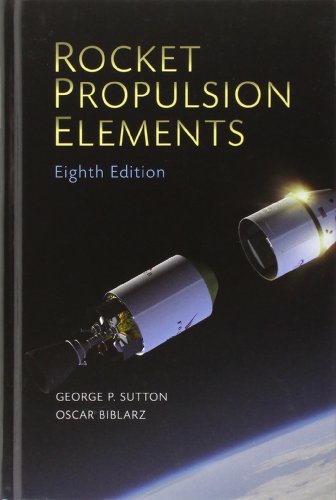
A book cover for Rocket Propulsion Elements; George P. Sutton; Engineering & Transportation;